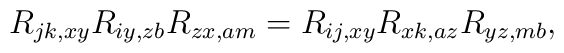
R_{jk,xy}R_{iy,zb}R_{zx,am} = R_{ij,xy}R_{xk,az}R_{yz,mb},